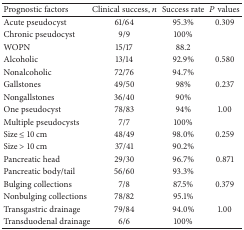
| Prognostic factors | Clinical success, n | Success rate | P values |
 | --- | --- | --- | --- |
 | Acute pseudocyst | 61/64 | 95.3% | 0.309 |
 | Chronic pseudocyst | 9/9 | 100% |  |
 | WOPN | 15/17 | 88.2 |  |
 | Alcoholic | 13/14 | 92.9% | 0.580 |
 | Nonalcoholic | 72/76 | 94.7% |  |
 | Gallstones | 49/50 | 98% | 0.237 |
 | Nongallstones | 36/40 | 90% |  |
 | One pseudocyst | 78/83 | 94% | 1.00 |
 | Multiple pseudocysts | 7/7 | 100% |  |
 | Size ≤ 10 cm | 48/49 | 98.0% | 0.259 |
 | Size > 10 cm | 37/41 | 90.2% |  |
 | Pancreatic head | 29/30 | 96.7% | 0.871 |
 | Pancreatic body/tail | 56/60 | 93.3% |  |
 | Bulging collections | 7/8 | 87.5% | 0.379 |
 | Nonbulging collections | 78/82 | 95.1% |  |
 | Transgastric drainage | 79/84 | 94.0% | 1.00 |
 | Transduodenal drainage | 6/6 | 100% |  |